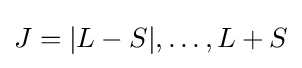
J=|L-S|,\dots ,L+S